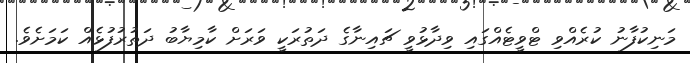
މަނިކުފާނު ކުރެއްވި ޓްވީޓެއްގައި ވިދާޅުވީ ޗައިނާގެ ދަތުރަކީ ވަރަށް ކާމިޔާބު ދަތުރުފުޅެއް ކަމަށެވެ.